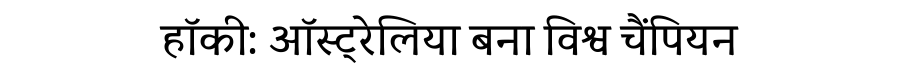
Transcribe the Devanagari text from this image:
हॉकी: ऑस्ट्रेलिया बना विश्व चैंपियन